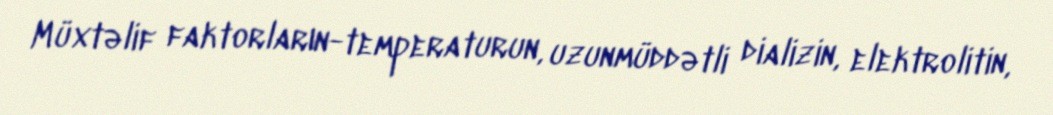
Müxtəlif faktorların-temperaturun, uzunmüddətli dializin, elektrolitin,